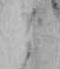
と